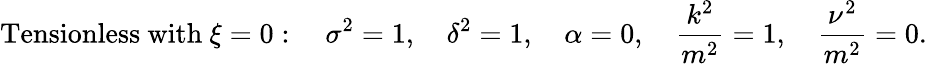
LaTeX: \mathrm{Tensionless\ with}\ \xi=0:\quad\sigma^{2}=1,\quad\delta^{2}=1,\quad\alpha=0,\quad\frac{k^{2}}{m^{2}}=1,\quad\frac{\nu^{2}}{m^{2}}=0.